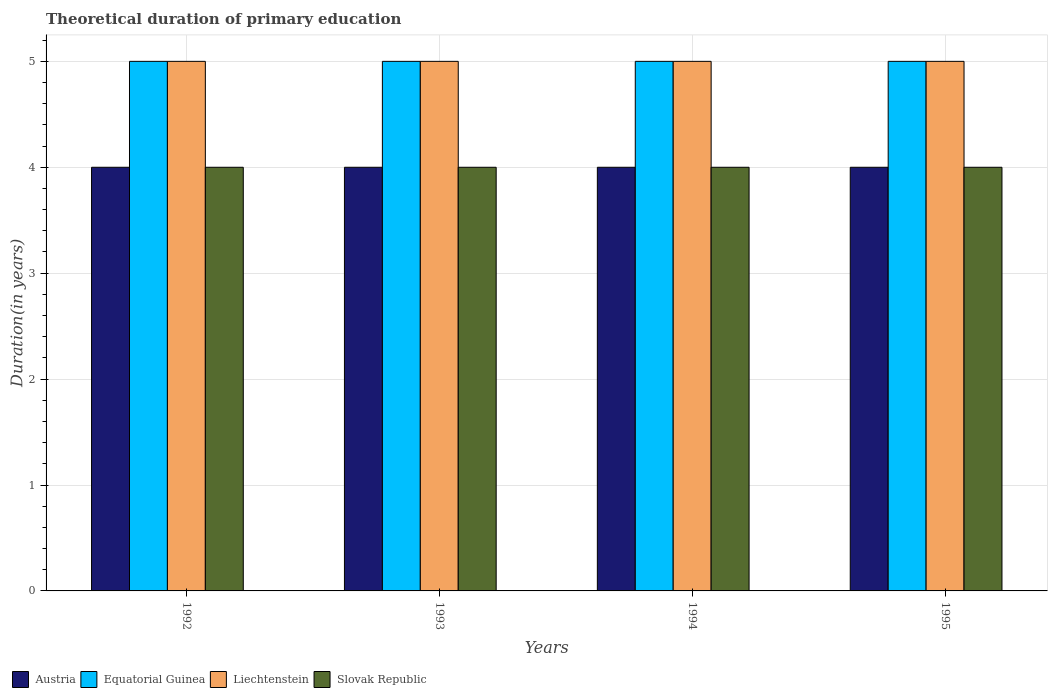
| Years | Austria | Equatorial Guinea | Liechtenstein | Slovak Republic |
 | --- | --- | --- | --- | --- |
 | 1992 | 4 | 5 | 5 | 4 |
 | 1993 | 4 | 5 | 5 | 4 |
 | 1994 | 4 | 5 | 5 | 4 |
 | 1995 | 4 | 5 | 5 | 4 |